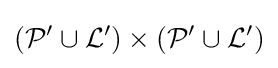
({{\mathcal {P}}'}\cup {{\mathcal {L}}'})\times ({{\mathcal {P}}'}\cup {{\mathcal {L}}'})